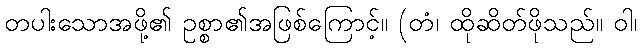
တပါးသောအဖို့၏ ဥစ္စာ၏အဖြစ်ကြောင့်။ (တံ၊ ထိုဆိတ်ဖိုသည်။ ဝါ၊